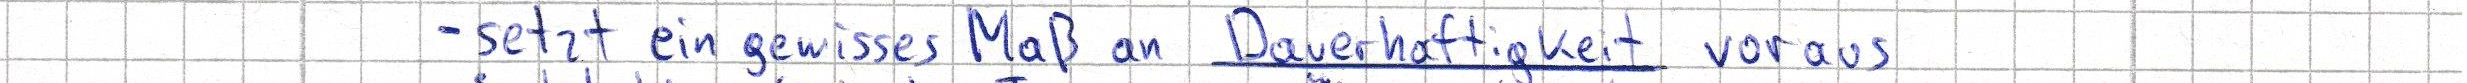
- setzt ein gewisses Maß an Dauerhaftigkeit voraus